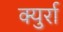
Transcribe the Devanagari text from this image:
क्युर्रा